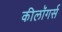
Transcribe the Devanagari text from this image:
कीलॉगर्स